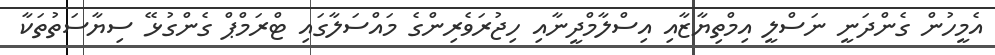
އެމީހުން ގެންދަނީ ނަސްލީ އިމްތިޔާޒާއި އިސްލާމްދީނާއި ހިޖުރަވެރިންގެ މައްސަލާގައި ޓްރަމްޕް ގެންގުޅޭ ސިޔާސަތުތަކާ